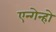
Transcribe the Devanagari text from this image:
एन्गेन्हो